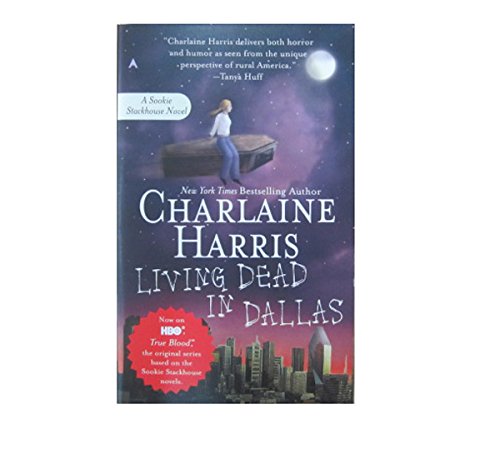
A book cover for Living Dead in Dallas (Sookie Stackhouse/True Blood, Book 2); Charlaine Harris; Romance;